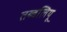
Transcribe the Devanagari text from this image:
तब्बलियू